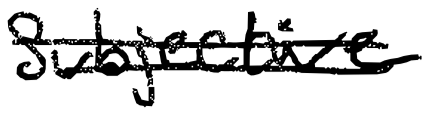
Text: subjective
Cross-out: double-line
Writing tool: digital_black